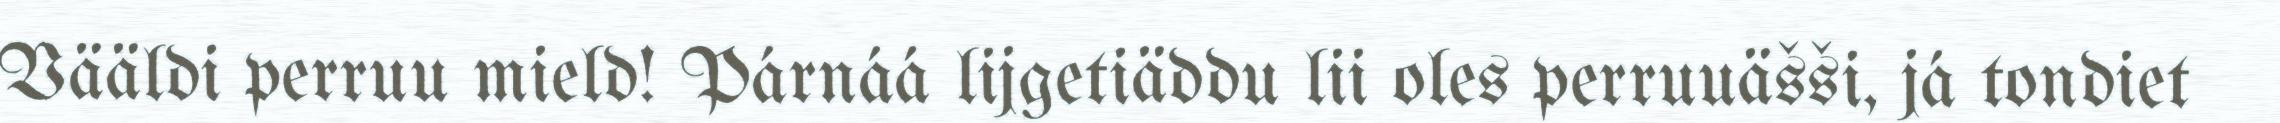
Vääldi perruu mield! Párnáá lijgetiäddu lii oles perruuäšši, já tondiet